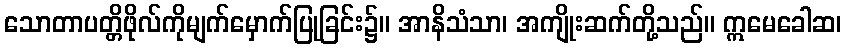
သောတာပတ္တိဖိုလ်ကိုမျက်မှောက်ပြုခြင်း၌။ အာနိသံသာ၊ အကျိုးဆက်တို့သည်။ ဣမေခေါဆ၊